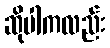
ဆိုပါကလည်း